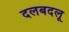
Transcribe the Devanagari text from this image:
दलबदलू